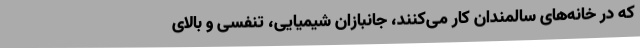
که در خانه‌های سالمندان کار می‌کنند، جانبازان شیمیایی، تنفسی و بالای